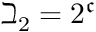
\beth _ { 2 } = 2 ^ { \mathfrak { c } }